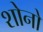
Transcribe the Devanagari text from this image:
शोनो